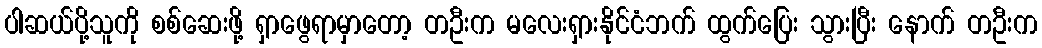
ပါဆယ်ပို့သူကို စစ်ဆေးဖို့ ရှာဖွေရာမှာတော့ တဦးက မလေးရှားနိုင်ငံဘက် ထွက်ပြေး သွားပြီး နောက် တဦးက